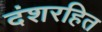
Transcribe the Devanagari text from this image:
दंशरहित